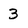
Character: 3